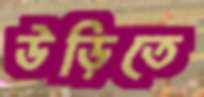
উড়িতে